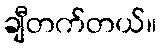
ချီတက်တယ်။